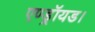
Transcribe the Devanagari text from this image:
एण्ड्रॉयड।